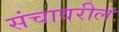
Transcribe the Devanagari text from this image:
संचावरील